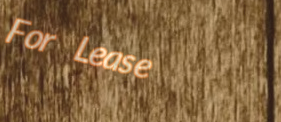
For Lease